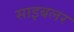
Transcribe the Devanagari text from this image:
साइबलर